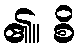
၏။ စိ